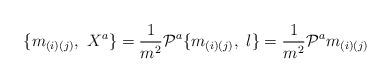
LaTeX: \begin{align*}\{m_{(i)(j)}, \ X^{a} \}={1 \over m^{2}}{\cal P}^{a}\{m_{(i)(j)}, \ l \}={1 \over m^{2}}{\cal P}^{a}m_{(i)(j)}\end{align*}